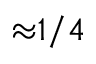
{ \approx } 1 / 4